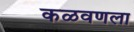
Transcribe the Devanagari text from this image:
कळवणला